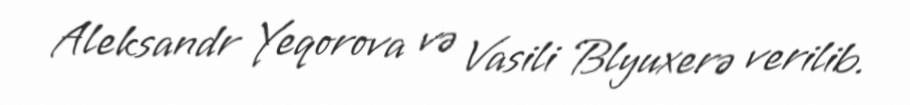
Aleksandr Yeqorova və Vasili Blyuxerə verilib.